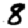
Digit: 8